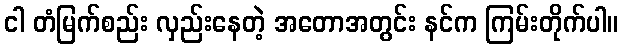
ငါ တံမြက်စည်း လှည်းနေတဲ့ အတောအတွင်း နင်က ကြမ်းတိုက်ပါ။